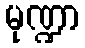
မုဏ္ဍာ